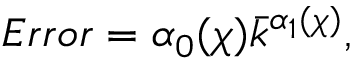
E r r o r = \alpha _ { 0 } ( \chi ) \bar { k } ^ { \alpha _ { 1 } ( \chi ) } ,